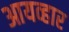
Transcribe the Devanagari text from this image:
आयव्हार